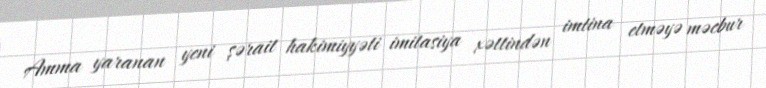
Amma yaranan yeni şərait hakimiyyəti imitasiya xəttindən imtina etməyə məcbur